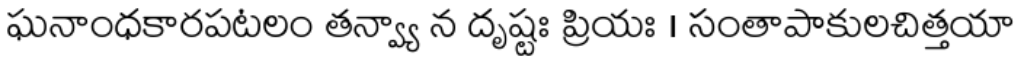
ఘనాంధకారపటలం తన్వ్యా న దృష్టః ప్రియః । సంతాపాకులచిత్తయా